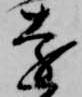
遠